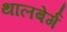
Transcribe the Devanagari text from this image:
थालबेर्ग